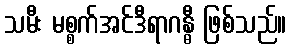
သမီး မစ္စက်အင်ဒီရာဂန္ဓီ ဖြစ်သည်။